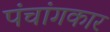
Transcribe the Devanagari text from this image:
पंचांगकार